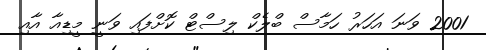
2001 ވަނަ އަހަރު ހަމާސް ބްލެކް ލިސްޓް ކޮށްފައި ވަނީ މީޑިއާ އާއި